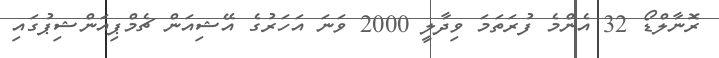
ރޮނާލްޑޯ 32 އެންމެ ފުރަތަމަ ވިދާލީ 2000 ވަނަ އަހަރުގެ އޭޝިއަން ޗެމްޕިއަންޝިޕުގައި